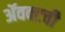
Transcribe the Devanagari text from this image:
ॲवक्टची